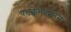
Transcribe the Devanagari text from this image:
वडक्कनवातिल